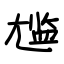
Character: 尴